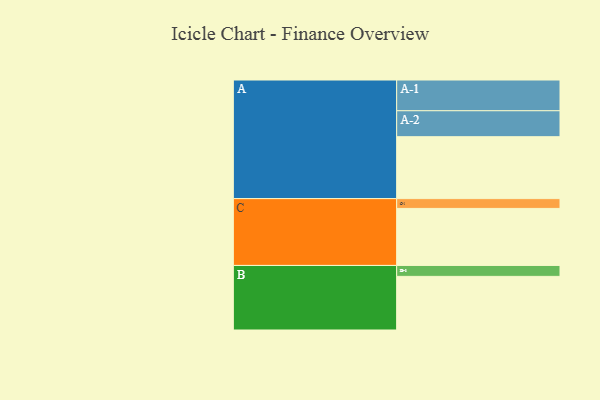
{"axis": {"x": "Segment", "y": "Value"}, "legend": ["", "A", "B", "C"], "data": [{"x": "A", "y": 544, "type": ""}, {"x": "B", "y": 471, "type": ""}, {"x": "C", "y": 501, "type": ""}, {"x": "A-1", "y": 270, "type": "A"}, {"x": "A-2", "y": 228, "type": "A"}, {"x": "B-1", "y": 96, "type": "B"}, {"x": "C-1", "y": 86, "type": "C"}]}